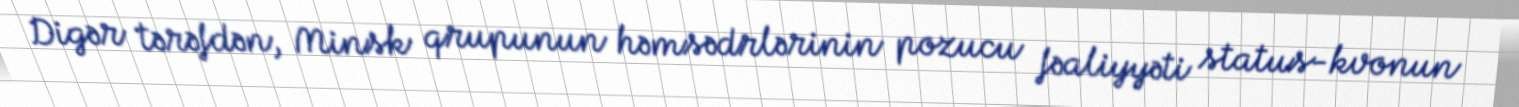
Digər tərəfdən, Minsk qrupunun həmsədrlərinin pozucu fəaliyyəti status-kvonun